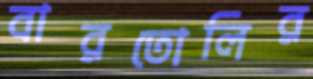
বারতোলির